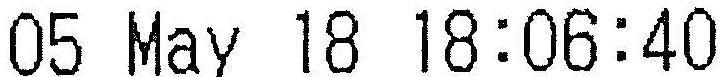
05 MAY 18 18:06:40